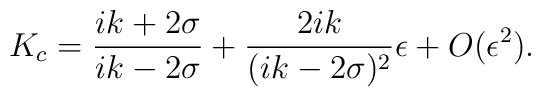
K_{c}=\frac{i k+2\sigma}{i k-2\sigma}+\frac{2i k}{(ik-2\sigma)^{2}} \epsilon+ O(\epsilon^{2}).